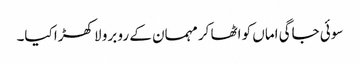
سوئی جاگی اماں کو اٹھا کر مہمان کے رو برو لا کھڑا کیا۔